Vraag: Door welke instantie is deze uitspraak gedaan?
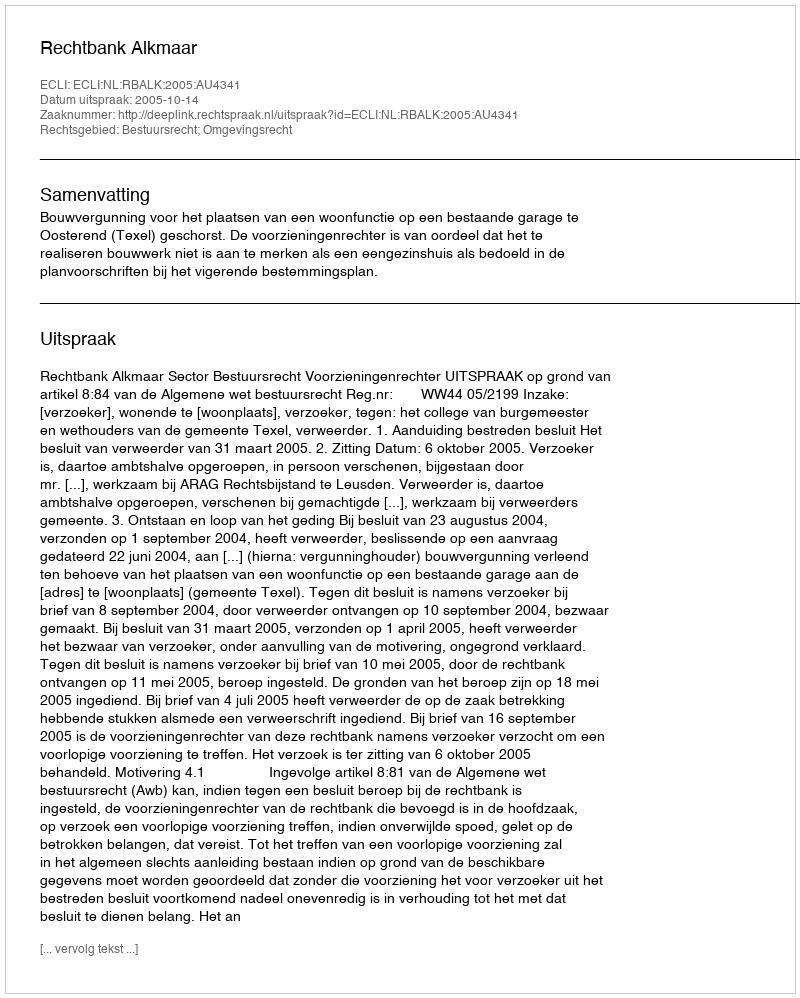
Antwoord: Rechtbank Alkmaar